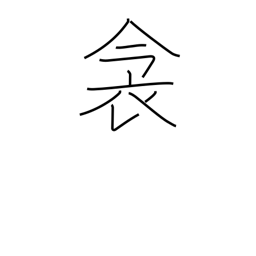
Meaning: bedding